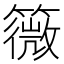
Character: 䉠